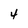
Character: 4